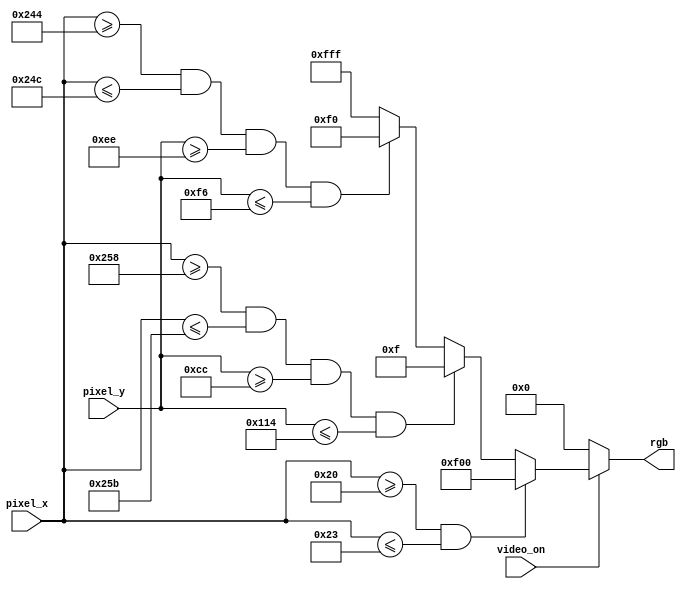
//****************************************************************// 
//  Class: CECS 361 						                          		//
//  Project: Project2-Cecs361													//
//																						//				
//  Abstract:  Designates what pin will output a certain color and //
//          creates fixed objects that will be allocated that     // 
//          certain color. In addition, it sets the ranges of the //
//          fixed objects that will be displayed when the video   //
//          is on.(i.e. wall, ball, bar).                         //
//																	               //
//  Created by       <Alina Suon> on <10-29-18>.                  // 
//  Copyright  2018 <Alina Suon>. All rights reserved.           // 
//                                                                //                                                                              // 
//  In submitting this file for class work at CSULB                // 
//  I am confirming that this is my work and the work             // 
//  of no one else. In submitting this code I acknowledge that    // 
//  plagiarism in student project work is subject to dismissal.   //  
//  from the class                                                // 
//****************************************************************//
`timescale 1ns / 1ps
module pixel_gen(video_on, pixel_x, pixel_y, rgb);
   // Input
   input  wire      video_on;
   input      [9:0]  pixel_x, pixel_y;
   
   // Outputs
   output reg [11:0] rgb;
   
   // Wires
   wire       [9:0]  h_count, v_count;    
   wire       [11:0] wall_rgb, ball_rgb, bar_rgb;

      
         
   // Assign the objects to occupy the given regions
   // in the horizontal scan count and vertical scan count
   assign wall_rgb = 12'hF00; // red
   assign ball_rgb = 12'h0F0; // green
   assign bar_rgb  = 12'h00F; // blue
   
   
   assign h_count = pixel_x;
   assign v_count = pixel_y;
   
   assign wall = ( (h_count >= 32) && (h_count <= 35  )  );
   
   assign bar  = ( (h_count >= 600)&& (h_count <= 603 ) &&
                   (v_count >= 204)&& (v_count <= 276 )  );
                              
   assign ball = ( (h_count >= 580)&& (h_count <= 588 ) &&
                   (v_count >= 238)&& (v_count <= 246 )  );
   
   // Set the display 
   always @ (*)
      if(~video_on)
         rgb = 12'h000; else
         if(wall)rgb = wall_rgb; else
         if(bar )rgb = bar_rgb; else
         if(ball)rgb = ball_rgb;  else
         rgb = 12'hFFF;
           
         
endmodule